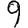
Digit: 9